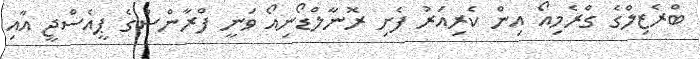
ބްރެޒިލްގެ ގްރެމިއޯ އިން ކެރިއަރު ފެށި ރޮނާލްޑޯނިއޯ ވަނީ ފްރާންސްގެ ޕީއެސްޖީ އާއި